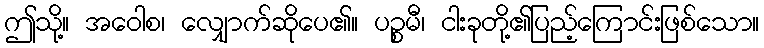
ဤသို့။ အဝေါစ၊ လျှောက်ဆိုပေ၏။ ပဉ္စမီ၊ ငါးခုတို့၏ပြည့်ကြောင်းဖြစ်သော။